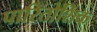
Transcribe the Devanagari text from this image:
पारितोशिक्